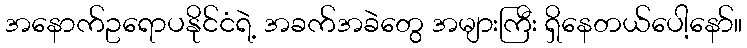
အနောက်ဥရောပနိုင်ငံရဲ့ အခက်အခဲတွေ အများကြီး ရှိနေတယ်ပေါ့နော်။